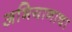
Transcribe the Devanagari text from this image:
अभियानाचा